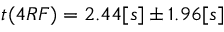
t ( 4 R F ) = 2 . 4 4 [ s ] \pm 1 . 9 6 [ s ]